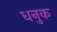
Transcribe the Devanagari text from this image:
धनुक